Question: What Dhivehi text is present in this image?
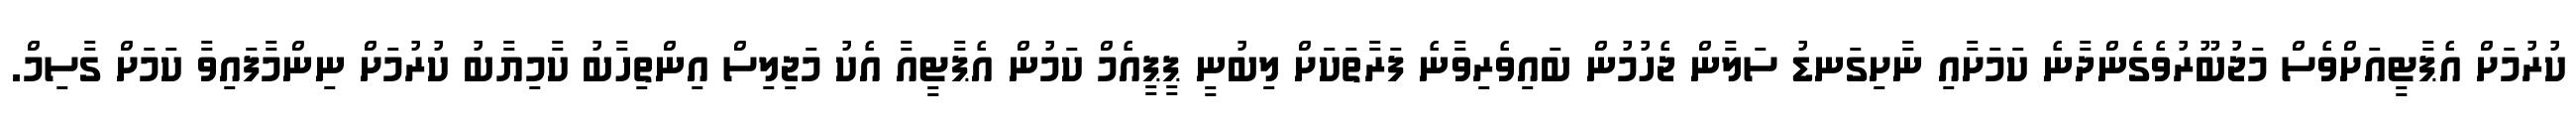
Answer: ކުރުމަށް އެޕާޓީއަށްވެސް މަޖުބޫރުވެގެންދާނެ ކަމަށާއި ނާށިގަނޑު ސަލާން ޖެހުމުން ބައިވެރިވާނެ ފަރާތަކަށް ލިބުނީ ޕީޕީއެމް ކަމުން އެޕާޓީއާ އެކު މަޖިލިސް އިންތިހާބު ކާމިޔާބު ކުރުމަށް ނިންމާފައިވާ ކަމަށް ގާސިމް.